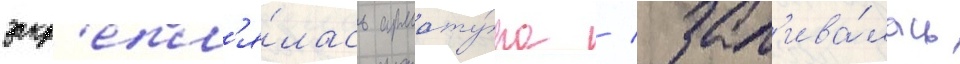
закр'епл'я́лась армату́ра / зал'ива́лась